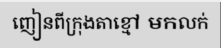
ញៀនពីក្រុងតាខ្មៅ មកលក់